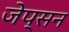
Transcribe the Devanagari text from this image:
जेप्सन